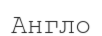
Англо